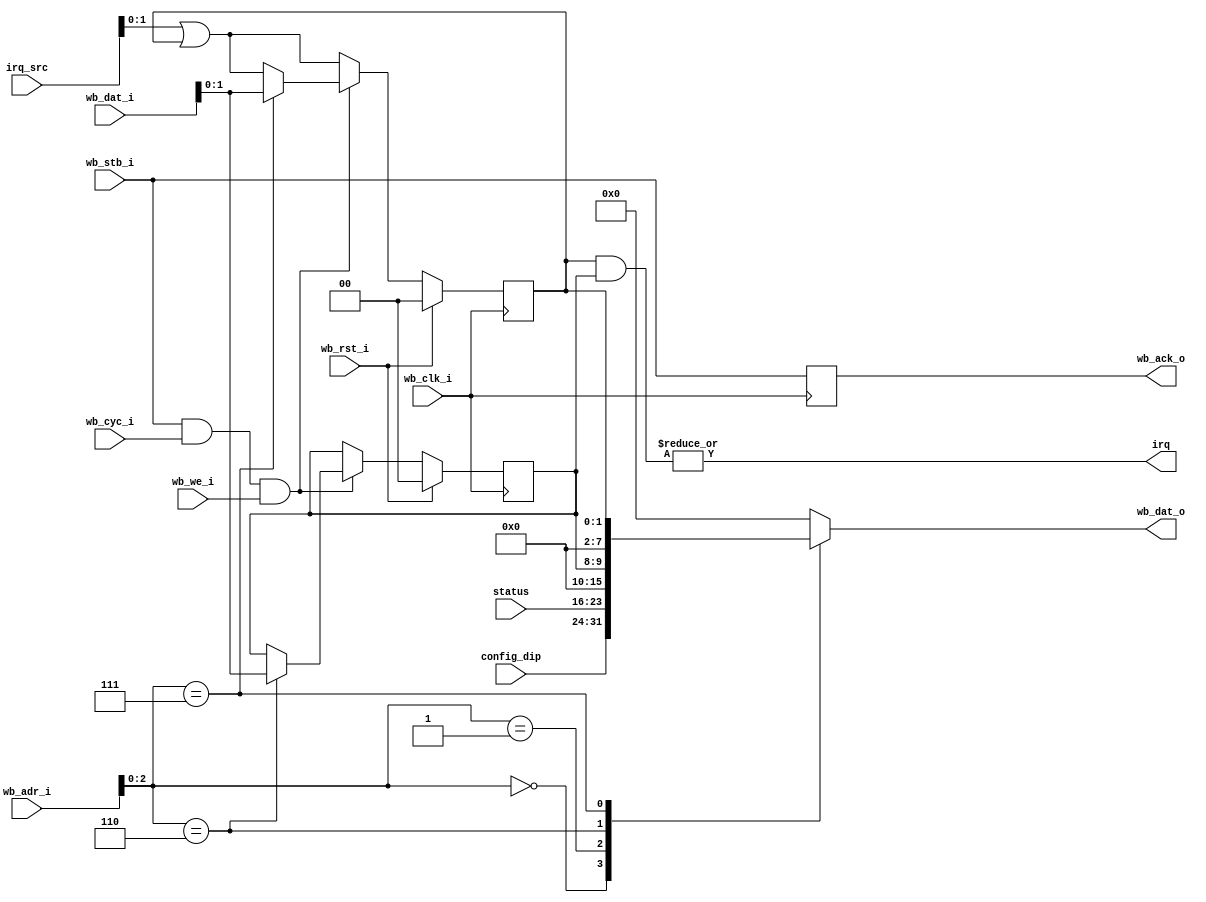
module system_block #(
    parameter REV_MAJOR = 0,
    parameter REV_MINOR = 0,
    parameter NUM_IRQ   = 2
  ) (
    input        wb_clk_i,
    input        wb_rst_i,
    input        wb_stb_i,
    input        wb_cyc_i,
    input        wb_we_i,
    input  [4:0] wb_adr_i,
    input  [7:0] wb_dat_i,
    output [7:0] wb_dat_o,
    output       wb_ack_o,

    input  [7:0] config_dip,
    input  [7:0] status,

    input  [3:0] irq_src,
    output       irq
  );

  localparam REG_DIP   = 0;
  localparam REG_STAT  = 1;
  localparam REG_MAJ   = 2;
  localparam REG_MIN   = 3;
  localparam REG_IRQM  = 6;
  localparam REG_IRQR  = 7;

  reg wb_ack_o_reg;

  always @(posedge wb_clk_i) begin
    wb_ack_o_reg <= wb_stb_i;
  end
  assign wb_ack_o = wb_ack_o_reg;

  wire  [7:0] rev_maj = REV_MAJOR;
  wire  [7:0] rev_min = REV_MINOR;

  reg [NUM_IRQ - 1:0] irq_m;
  reg [NUM_IRQ - 1:0] irq_r;

  reg [7:0] wb_dat_o_reg;
  always @(*) begin
    case (wb_adr_i[2:0])
      REG_DIP: begin
        wb_dat_o_reg <= config_dip;
      end
      REG_STAT: begin
        wb_dat_o_reg <= status;
      end
      REG_MAJ: begin
        wb_dat_o_reg <= rev_maj;
      end
      REG_MIN: begin
        wb_dat_o_reg <= rev_min;
      end
      REG_IRQM: begin
        wb_dat_o_reg <= irq_m;
      end
      REG_IRQR: begin
        wb_dat_o_reg <= irq_r;
      end
      default: begin
        wb_dat_o_reg  <= 8'd0;
      end
    endcase
  end
  assign wb_dat_o = wb_dat_o_reg;

  always @(posedge wb_clk_i) begin
    if (wb_rst_i) begin
      irq_r <= {NUM_IRQ{1'b0}};
      irq_m <= {NUM_IRQ{1'b0}};
    end else begin
      irq_r <= irq_src | irq_r;

      if (wb_stb_i && wb_cyc_i && wb_we_i) begin
        if (wb_adr_i[2:0] == REG_IRQM) begin
          irq_m <= wb_dat_i[NUM_IRQ-1:0];
        end
        if (wb_adr_i[2:0] == REG_IRQR) begin
          irq_r <= wb_dat_i[NUM_IRQ-1:0];
        end
      end
    end
  end

  assign irq = |(irq_r & irq_m);
endmodule